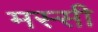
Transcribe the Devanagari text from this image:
मस्सी